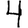
Digit: 4